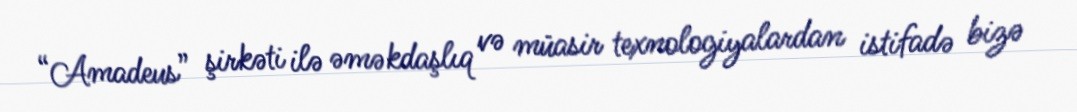
“Amadeus” şirkəti ilə əməkdaşlıq və müasir texnologiyalardan istifadə bizə